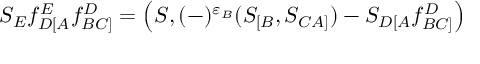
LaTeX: S _ { E } f _ { D [ A } ^ { E } f _ { B C ] } ^ { D } = \left( S , ( - ) ^ { \varepsilon _ { B } } ( S _ { [ B } , S _ { C A ] } ) - S _ { D [ A } f _ { B C ] } ^ { D } \right)